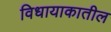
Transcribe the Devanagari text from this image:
विधायाकातील